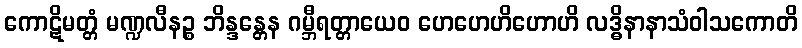
ကောဋိမတ္တံ မဏ္ဍလီနဉ္စ ဘိန္ဒန္တေန ဂမ္ဘီရတ္တာယေဝ ဟေဟေဟိဟောဟိ လဒ္ဓိနာနာသံဝါသကောတိ